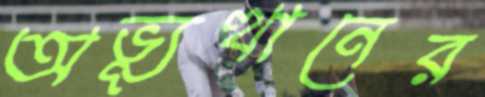
অভ্যূত্থানের